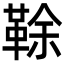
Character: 䩣